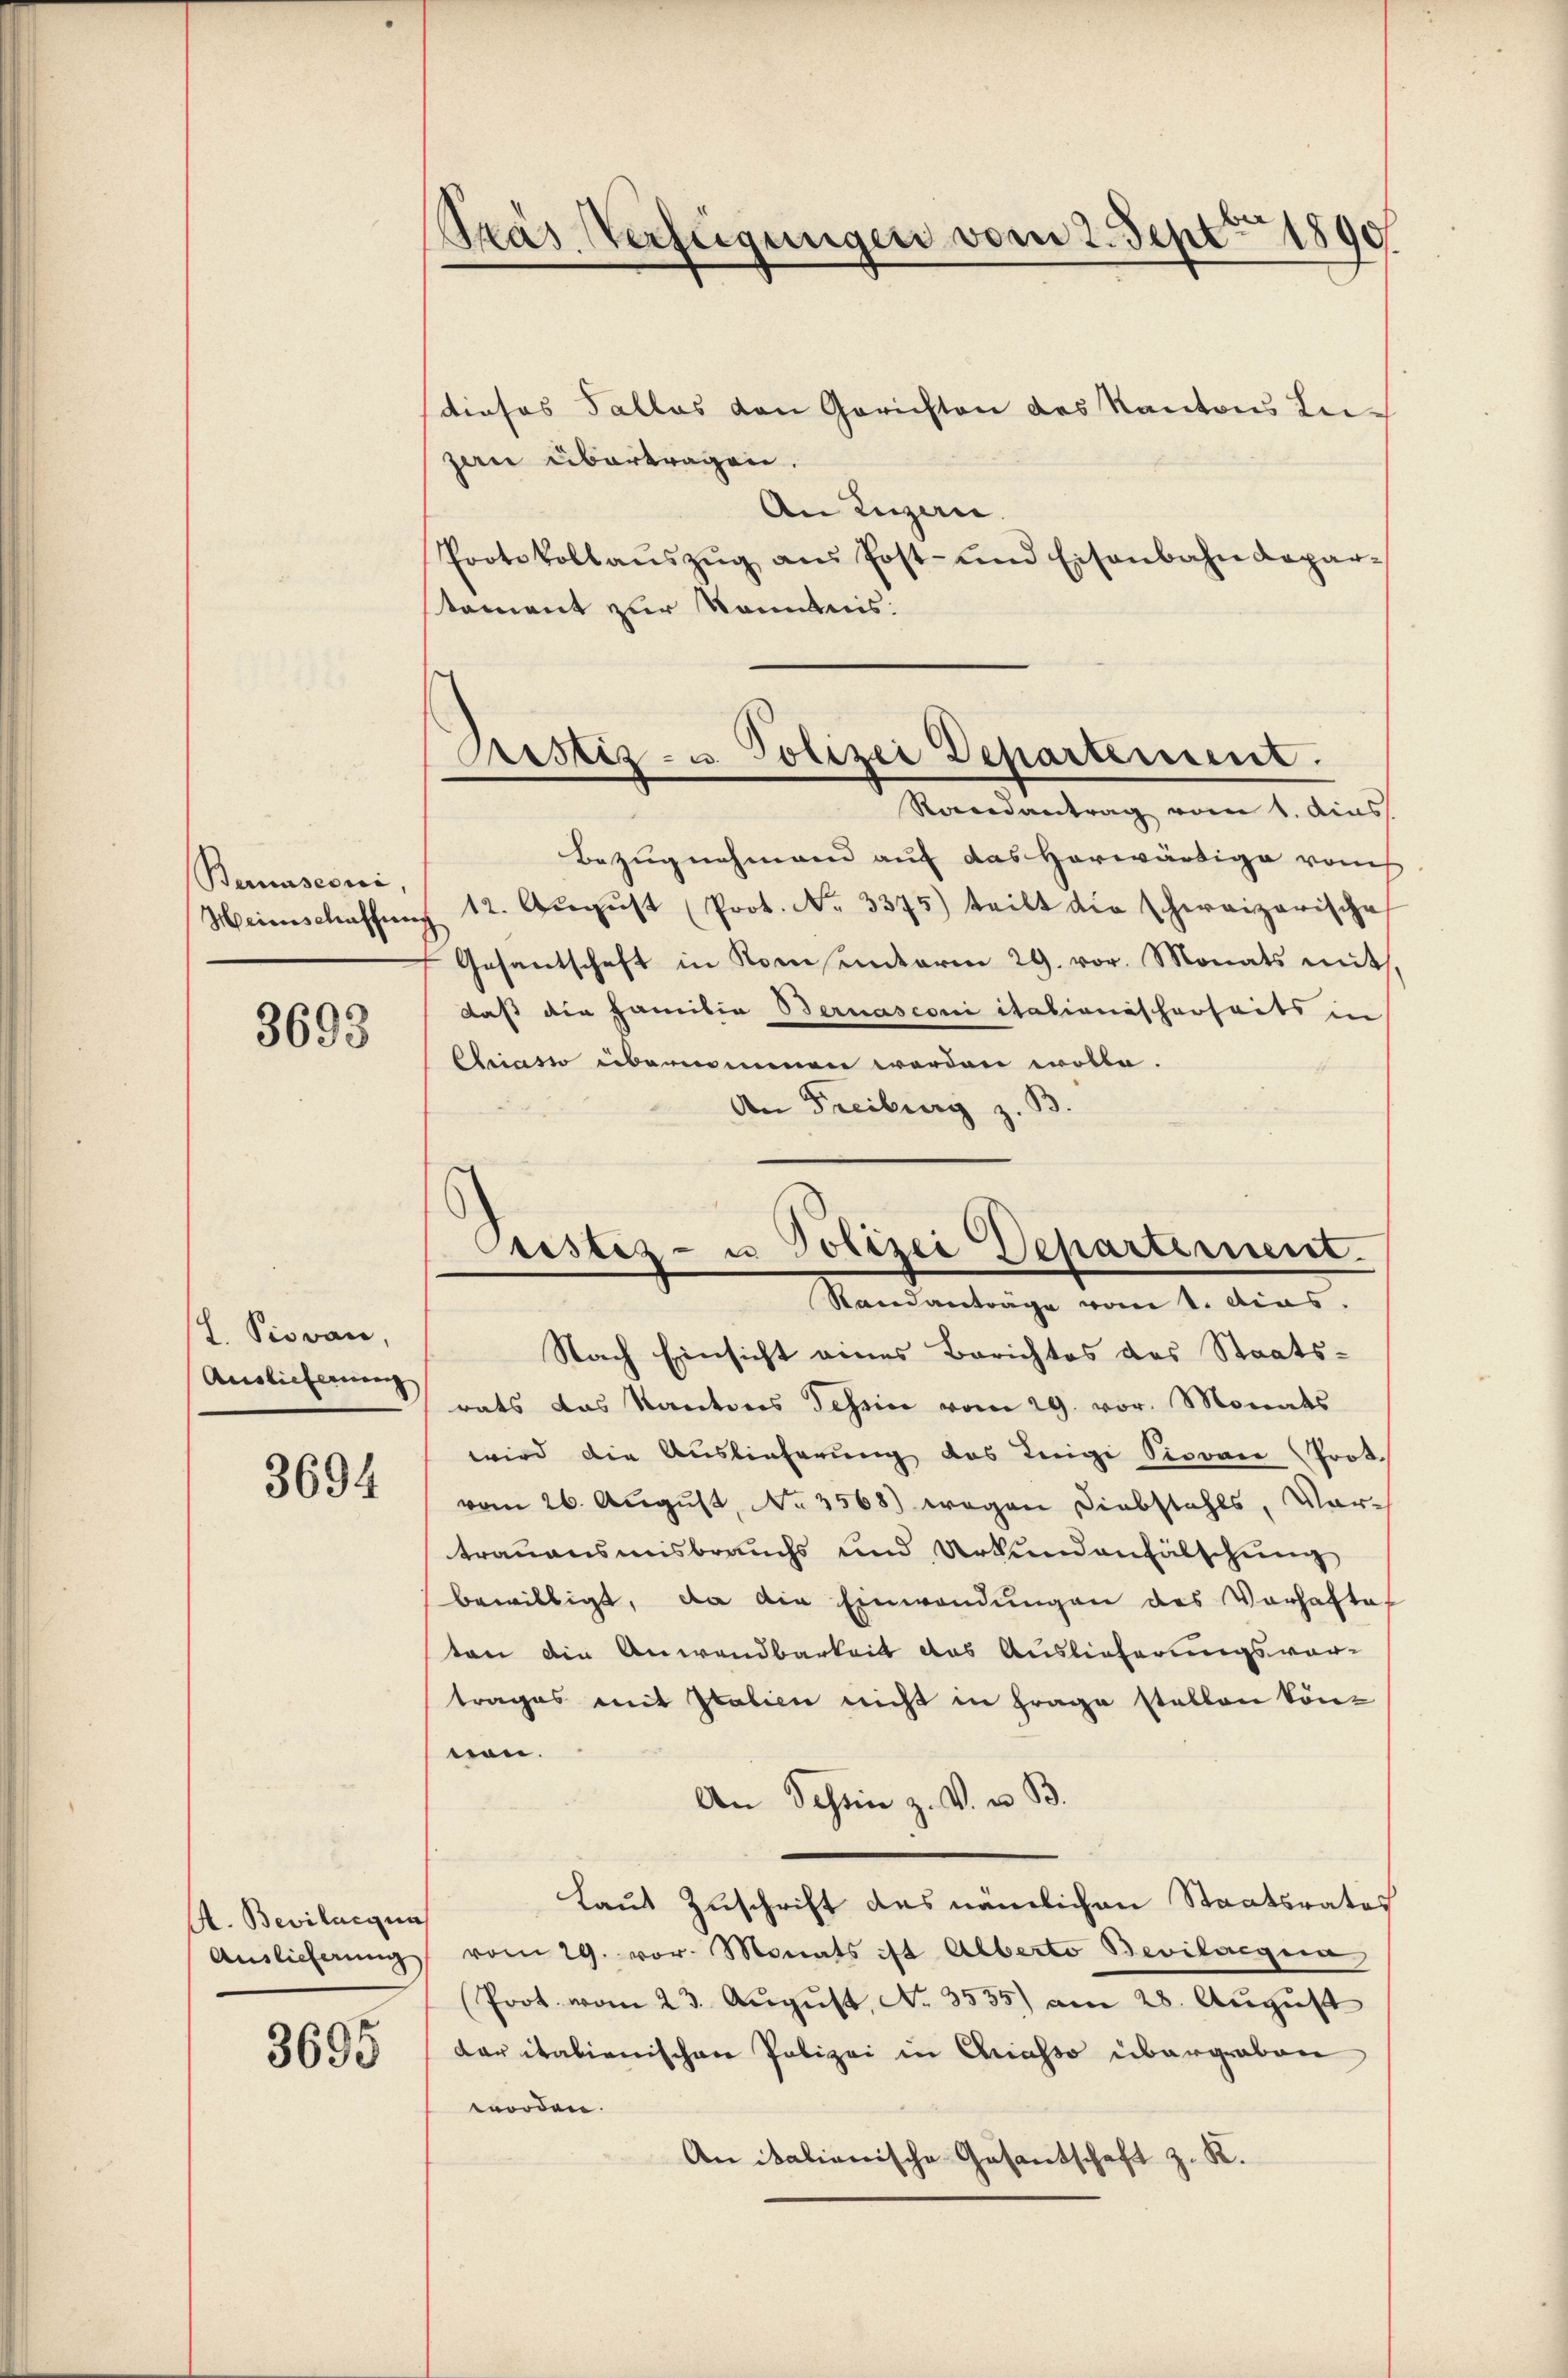
Bernasconi,

3693

I. Piovan,
Auslieferung

3694

A. Bewilligun
Auslieferung

3695

Pras Verfügungen vom 2. Sept 1890

tiosos Tallas von Gerichten des Kantons Leizern übertragen.
An Lugan
Protokollaŭszŭg aŭs Post- und Eisenbahndepar-
toment zur Kenntnis:

Pristiz- u. Polizei Departement.

Rocendantrag vom 1. dies
Bezugnahmend auf das Horwärtige vom
Heimschaffŭng 12. Aŭgŭst (Prot. Nr. 3375) teilt die schweizerische
Gesantschaft in Konsunterm 29. vor. Monats mit,
daß die Familia Bernasconi itationischerheits in
Ebeiasso übernommen werden wolle.
An Freiburg z. B.

Custiz- u Polizei Departement.
Randanträge vom 1. Acas.

Nach Einsicht eines Berichtes des Staatsrats das Kantons Schein vom 29. vor. Monats
wird die Auslieferung des Luigi Siovan (Prot.
vom 26. August, No 3568) wegen Diebstahls, Vor-
trauensmisbrauchs und Urkundenfälschung
bewilligt, da die Einwendungen des Vorhaftes
ten die Anwendbarkeit das Auslieferungsvor-
trages mit Italien nicht in Frage stellen könnon.
An Schein z. V. u. B.
Laut Zuschrift des nämlichen Staatsrates
vom 29. vor. Monats ist Alberto Bevilegia
Prot. vom 23. August, No. 3535) am 28. August
dar italienischen Polizei in Chiasso übergraben
worden.
An italienische Gesantschaft z. K.